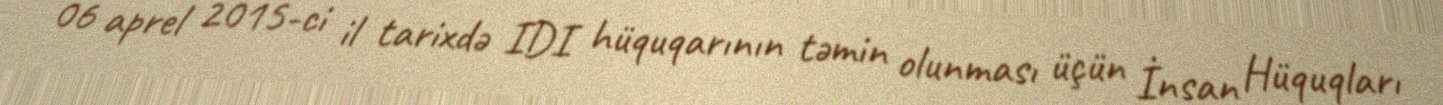
06 aprel 2015-ci il tarixdə IDI hüquqarının təmin olunması üçün İnsan Hüquqları